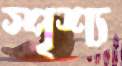
স্পৃশ্য